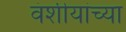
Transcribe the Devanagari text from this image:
वंशीयांच्या